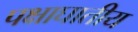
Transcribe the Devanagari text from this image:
पक्षाघातीय